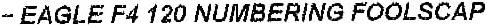
- EAGLE F4 120 NUMBERING FOOLSCAP